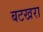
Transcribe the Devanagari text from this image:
बटखरा